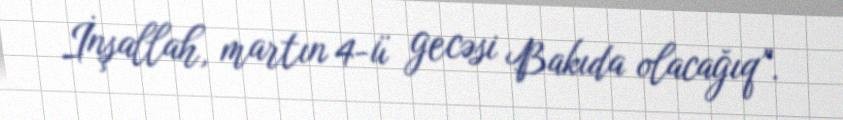
İnşallah, martın 4-ü gecəsi Bakıda olacağıq”.